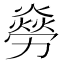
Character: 𠢸